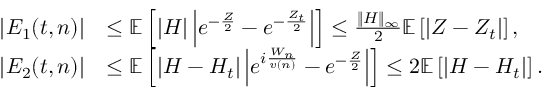
\begin{array} { r l } { | E _ { 1 } ( t , n ) | } & { \le { \ensuremath { \mathbb E } } \left[ | H | \left| e ^ { - \frac { Z } { 2 } } - e ^ { - \frac { Z _ { t } } { 2 } } \right| \right] \le \frac { \| H \| _ { \infty } } { 2 } { \ensuremath { \mathbb E } } \left[ | Z - Z _ { t } | \right] , } \\ { | E _ { 2 } ( t , n ) | } & { \le { \ensuremath { \mathbb E } } \left[ | H - H _ { t } | \left| e ^ { i \frac { W _ { n } } { v ( n ) } } - e ^ { - \frac { Z } { 2 } } \right| \right] \le 2 { \ensuremath { \mathbb E } } \left[ | H - H _ { t } | \right] . } \end{array}